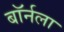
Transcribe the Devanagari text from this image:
बॉर्नला